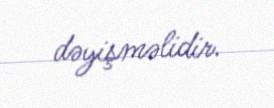
dəyişməlidir.